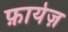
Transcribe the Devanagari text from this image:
फ़ायेज़